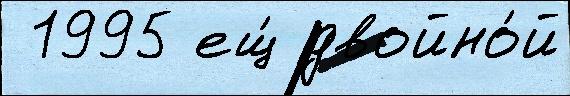
 1995 ещ́ двойно́й